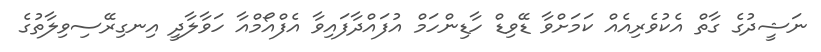
ނަޝީދުގެ ގާތް އެކުވެރިއެއް ކަމަށްވާ ޑޭވިޑް ހާޑިންހަމް އުފައްދާފައިވާ އެފްއޯމްއާ ހަވާލާދީ އިނގިރޭސިވިލާތުގެ